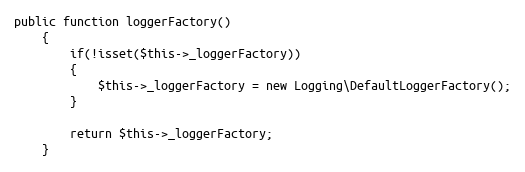
Language: PHP
public function loggerFactory()
	{
		if(!isset($this->_loggerFactory))
		{
			$this->_loggerFactory = new Logging\DefaultLoggerFactory();
		}

		return $this->_loggerFactory;
	}